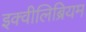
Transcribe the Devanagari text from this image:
इक्वीलिब्रियम